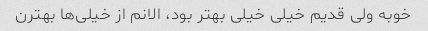
خوبه ولی قدیم خیلی خیلی بهتر بود، الانم از خیلی‌ها بهترن